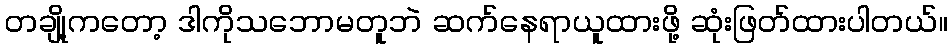
တချို့ကတော့ ဒါကိုသဘောမတူဘဲ ဆက်နေရာယူထားဖို့ ဆုံးဖြတ်ထားပါတယ်။